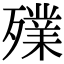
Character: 𣩫